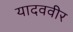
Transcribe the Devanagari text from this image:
यादववीर